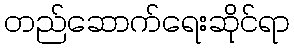
တည်ဆောက်ရေးဆိုင်ရာ